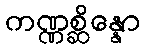
ကဏ္ဏစ္ဆိန္နော